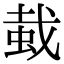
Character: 蛓